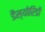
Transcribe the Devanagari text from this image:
डैस्योरिडों